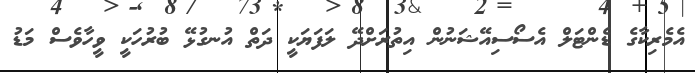
އެމެރިކާގެ ޑެންޓަލް އެސޯސިއޭޝަނުން އިތުރަށްދޭ ލަފަޔަކީ ދަތް އުނގުޅޭ ބުރުހަކީ ވީހާވެސް މަޑު